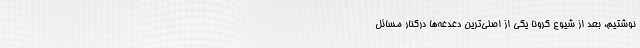
نوشتیم، بعد از شیوع کرونا یکی از اصلی‌ترین دغدغه‌ها درکنار مسائل